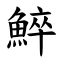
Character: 䱣